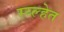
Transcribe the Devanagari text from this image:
स्य्ल्हेत